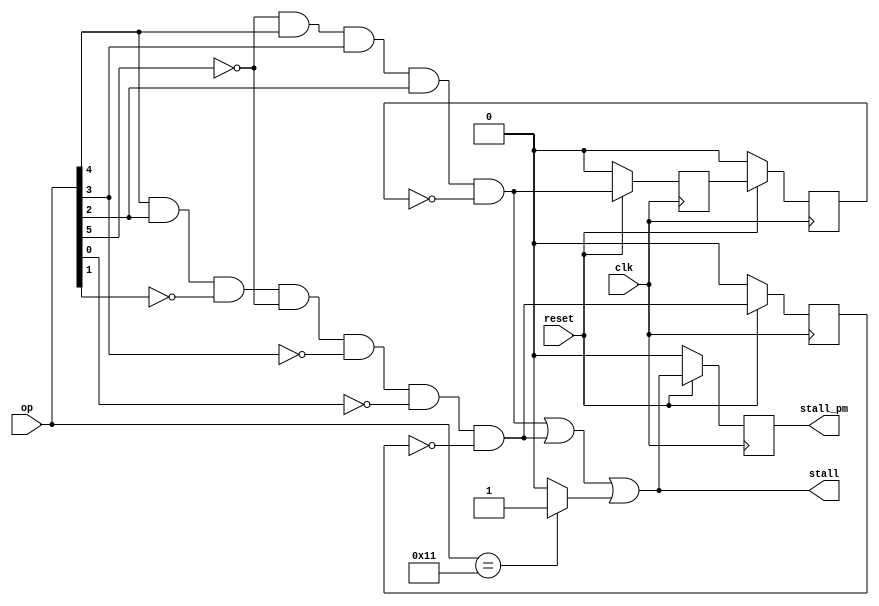
`timescale 1ns / 1ps
//////////////////////////////////////////////////////////////////////////////////
// Company: 
// Engineer: 
// 
// Design Name: 
// Module Name:    stall_control 
// Project Name: 
// Target Devices: 
// Tool versions: 
// Description: 
//
// Dependencies: 
//
// Revision: 
// Revision 0.01 - File Created
// Additional Comments: 
//
//////////////////////////////////////////////////////////////////////////////////
module stall_control(op,clk,reset,stall,stall_pm);
input [5:0] op;
input clk,reset;
output reg stall_pm;
output stall;
wire jump,ld,hlt;
reg q,q1,q2;
wire p,p1,p2,stall_pm_tmp;

assign jump = (~op[5])&op[4]&op[3]&op[2]&(~q1);							//AND operation for jump coditions where output must be 1 and taking only constant bits of the op code
assign ld = op[4]&op[2]&(~op[1])&(~op[5])&(~op[3])&(~op[0])&(~q2);//AND operation for load stage so that the output is 1 
assign hlt = (op==6'b010001)?1'b1:1'b0;											//AND operation for hault stage so that the output is 1
assign stall= (jump|ld|hlt);													//OR operation so that we get output 1

assign p=(reset==0)?1'b0:jump;													//reset conditions for flip flops
assign p1=(reset==0)?1'b0:q;														//using d flip flops to create delay 
assign p2=(reset==0)?1'b0:ld;
assign stall_pm_tmp=(reset==0)?1'b0:stall;

always@(posedge clk)
begin
	q<=p;																				//assisgning temp variables at positive edge of the clock
	q1<=p1;
	q2<=p2;
	stall_pm<=stall_pm_tmp;
end
endmodule